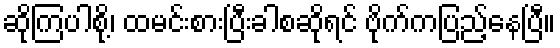
ဆိုကြပါစို့၊ ထမင်းစားပြီးခါစဆိုရင် ဗိုက်ကပြည့်နေပြီ။